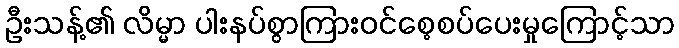
ဦးသန့်၏ လိမ္မာ ပါးနပ်စွာကြားဝင်စေ့စပ်ပေးမှုကြောင့်သာ